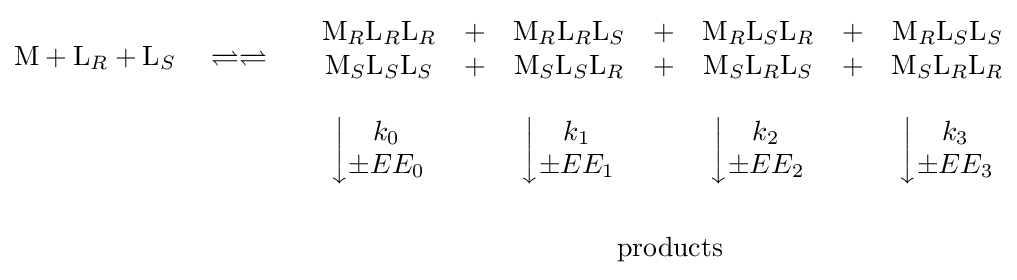
{\begin{matrix}{\begin{matrix}\mathrm {M} +\mathrm {L} _{R}+\mathrm {L} _{S}\quad \rightleftharpoons \rightleftharpoons \quad \\\\\\\\\\&\end{matrix}}{\begin{aligned}&{\begin{matrix}\mathrm {M} _{R}\mathrm {L} _{R}\mathrm {L} _{R}&+&\mathrm {M} _{R}\mathrm {L} _{R}\mathrm {L} _{S}&+&\mathrm {M} _{R}\mathrm {L} _{S}\mathrm {L} _{R}&+&\mathrm {M} _{R}\mathrm {L} _{S}\mathrm {L} _{S}\\\mathrm {M} _{S}\mathrm {L} _{S}\mathrm {L} _{S}&+&\mathrm {M} _{S}\mathrm {L} _{S}\mathrm {L} _{R}&+&\mathrm {M} _{S}\mathrm {L} _{R}\mathrm {L} _{S}&+&\mathrm {M} _{S}\mathrm {L} _{R}\mathrm {L} _{R}\\&\\\left\downarrow {\begin{matrix}k_{0}\\\pm EE_{0}\end{matrix}}\right.&&\left\downarrow {\begin{matrix}k_{1}\\\pm EE_{1}\end{matrix}}\right.&&\left\downarrow {\begin{matrix}k_{2}\\\pm EE_{2}\end{matrix}}\right.&&\left\downarrow {\begin{matrix}k_{3}\\\pm EE_{3}\end{matrix}}\right.\end{matrix}}\\\\&\qquad \qquad \qquad \qquad \qquad \,\,\,\,{\text{products}}\end{aligned}}\end{matrix}}